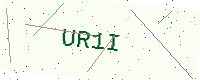
Text: UR1I